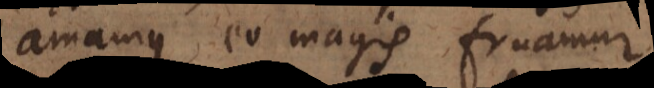
amamus eo magis fruamur